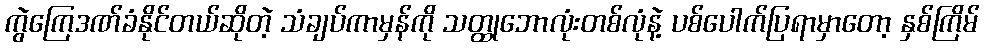
ကွဲကြေဒဏ်ခံနိုင်တယ်ဆိုတဲ့ သံချပ်ကာမှန်ကို သတ္ထုဘောလုံးတစ်လုံနဲ့ ပစ်ပေါက်ပြရာမှာတော့ နှစ်ကြိမ်